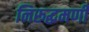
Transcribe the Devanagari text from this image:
निरूद्धमणी